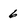
Character: 6